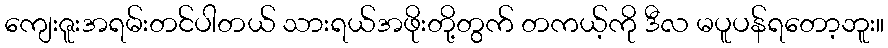
ကျေးဇူးအရမ်းတင်ပါတယ် သားရယ်အဖိုးတို့တွက် တကယ့်ကို ဒီလ မပူပန်ရတော့ဘူး။